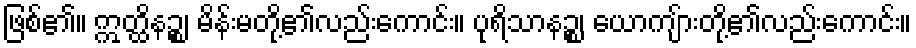
ဖြစ်၏။ ဣတ္ထိနဉ္စ၊ မိန်းမတို့၏လည်းကောင်း။ ပုရိသာနဉ္စ၊ ယောကျ်ားတို့၏လည်းကောင်း။